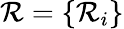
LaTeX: {\cal R}=\{ {\cal R}_{i}\}